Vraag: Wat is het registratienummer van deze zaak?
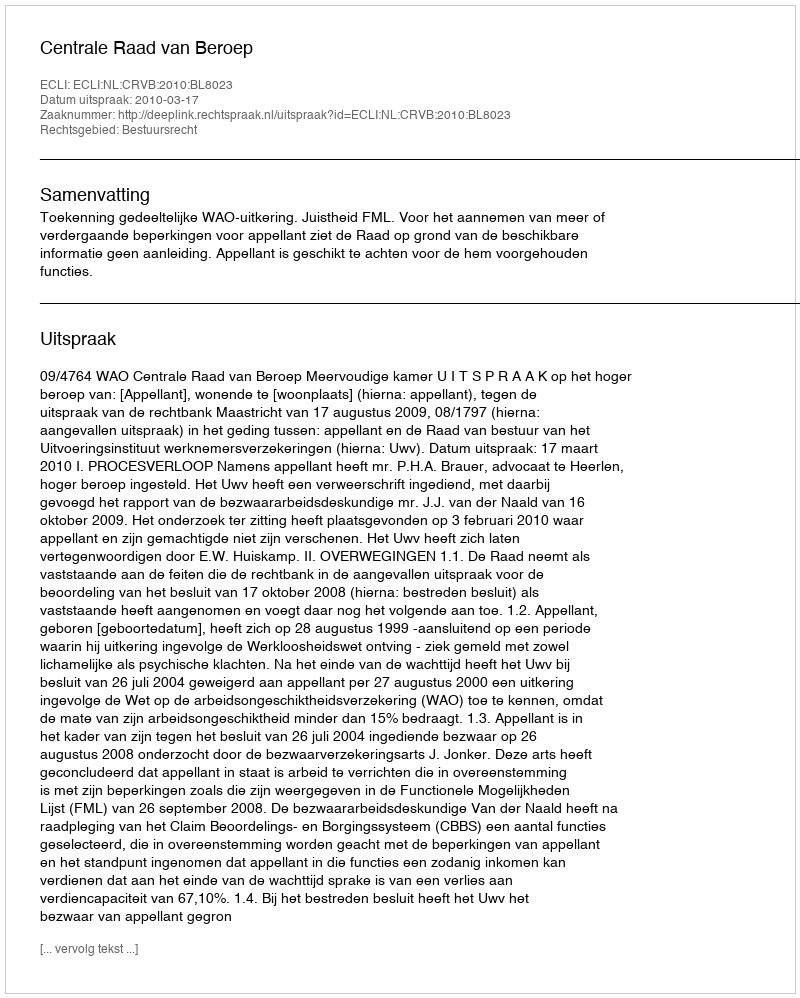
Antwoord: http://deeplink.rechtspraak.nl/uitspraak?id=ECLI:NL:CRVB:2010:BL8023